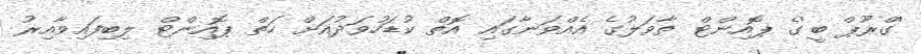
'ގްރޫޕް ބީ'ގެ ޕޮއިންޓް ތާވަލުގެ އެއްވަނާގައި އޮތް ކުޑަހުވަދުއަށް ހަތް ޕޮއިންޓް ލިބިފައިވާއިރު